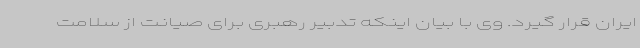
ایران قرار گیرد. وی با بیان اینکه تدبیر رهبری برای صیانت از سلامت